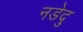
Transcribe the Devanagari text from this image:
नडेदु